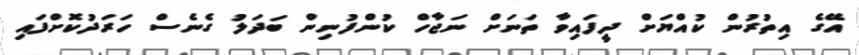
އޭގެ އިތުރުން ކުއްޔަށް ދީފައިވާ ތަނަށް ނަޖާހް ކުންފުނިން ބަދަލު ގެނެސް ހަރަދުކޮށްފައި